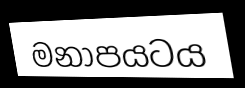
මනාපයටය